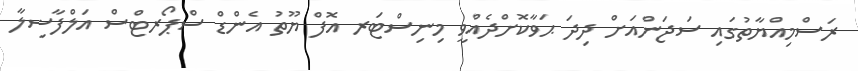
ރަސްމިއްޔާތުގައި ސަޖަންއަށް ދިދަ ޙަވާކޮށްދެއްވީ މިނިސްޓަރ އޮފް ޔޫތު އެންޑް ސްޕޯރޓްސް އަލްފާޟިލާ